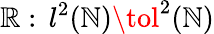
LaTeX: \mathbb{R}:\, l^{2}(\mathbb{{N}})\tol^{2}(\mathbb{{N}})